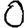
Digit: 0